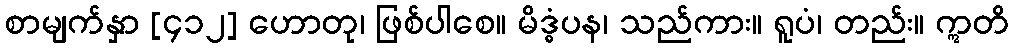
စာမျက်နှာ [၄၁၂] ဟောတု၊ ဖြစ်ပါစေ။ မိဒ္ဓံပန၊ သည်ကား။ ရူပံ၊ တည်း။ ဣတိ